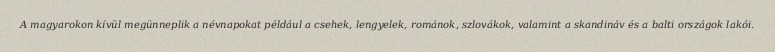
A magyarokon kívül megünneplik a névnapokat például a csehek, lengyelek, románok, szlovákok, valamint a skandináv és a balti országok lakói.